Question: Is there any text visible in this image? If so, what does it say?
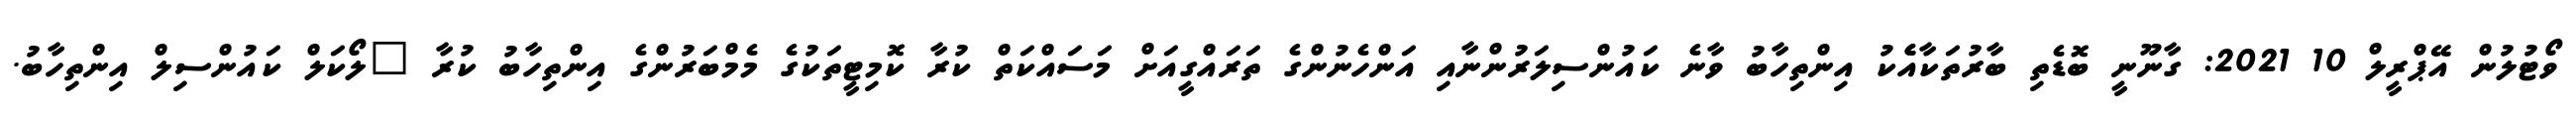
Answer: ވޯޓުލުން އޭޕްރީލް 10 2021: ގާނޫނީ ބޮޑެތި ބާރުތަކާއެެކު އިންތިހާބު ވާނެ ކައުންސިލަރުންނާއި އަންހެނުންގެ ތަރައްގީއަށް މަސައްކަތް ކުރާ ކޮމިޓީތަކުގެ މެމްބަރުންގެ އިންތިހާބު ކުރާ "ލޯކަލް ކައުންސިލް އިންތިހާބު.